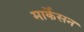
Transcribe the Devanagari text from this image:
मार्केसन